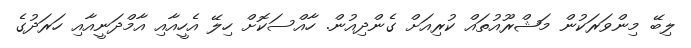
ލިބޭ މިންވަރަކުން މަޝްރޫއުތައް ކުރިއަށް ގެންދިއުން. ހާއްސަކޮށް ހިލޭ އެހީއާއި އާމްދަނީއާއި ހަރަދުގެ